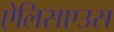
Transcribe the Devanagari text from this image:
ऐलिसएउस